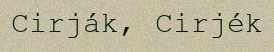
Cirják, Cirjék